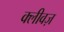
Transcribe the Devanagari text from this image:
क्लीवज़